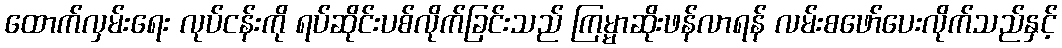
ထောက်လှမ်းရေး လုပ်ငန်းကို ရပ်ဆိုင်းပစ်လိုက်ခြင်းသည် ကြမ္မာဆိုးဖန်လာရန် လမ်းစဖော်ပေးလိုက်သည်နှင့်